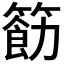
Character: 𮅲